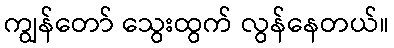
ကျွန်တော် သွေးထွက် လွန်နေတယ်။